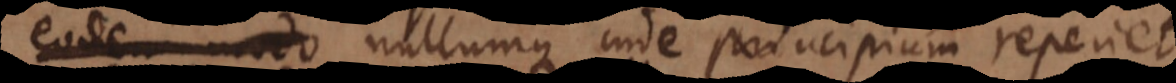
eodem modo nullumque inde principium reperiet